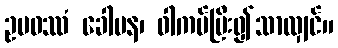
ဥပဝဿံ ခေါပန၊ ဝါကပ်ပြီး၍သာလျှင်။